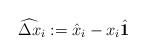
\begin{align*}\widehat{\Delta x}_i := \hat{x}_i - x_i \hat{\mathbf{1}}\end{align*}